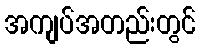
အကျပ်အတည်းတွင်